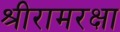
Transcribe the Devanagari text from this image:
श्रीरामरक्षा